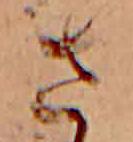
さ